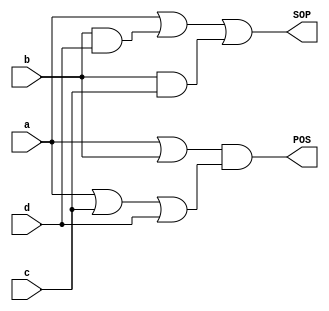

module q3_3_gate1(input a, input b, input c, input d, output SOP, output POS);
assign SOP = a  |(b&d) | (b&c);
assign POS = (a | b)&(a | c| d) ;

endmodule



module q3_3_gate2(input a, input b, input c, input d, output SOP, output POS);
assign SOP =   (~b&d) | (~b&c) | (b&~c&~d);
assign POS  = (~b+ ~d) &(~b | ~c) &(b | c | d);
endmodule




module q3_3_gate3(input a, input b, input c, input d, output SOP, output POS);
assign SOP =   (~c&(~d)) | (c&d);
assign POS = (c | ~d) &(~c | d);
endmodule



module q3_3_gate4(input a, input b, input c, input d, output SOP, output POS);
assign SOP =~d;
assign POS = ~d;
endmodule